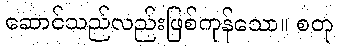
ဆောင်သည်လည်းဖြစ်ကုန်သော။ စတု